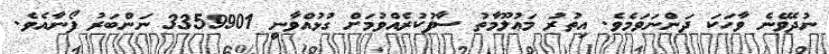
ނުދެވޭނެ ވާހަކަ ދަންނަވަމެވެ. އިތުރު މަޢުލޫމާތު ސާފުކުރެއްވުމަށް ގުޅުއްވާނީ 3359901 ނަންބަރު ފޯނާއެވެ.